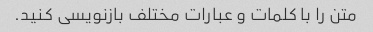
متن را با کلمات و عبارات مختلف بازنویسی کنید.